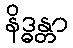
နိဒ္ဓန္တာ